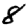
Digit: 8